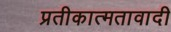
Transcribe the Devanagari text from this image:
प्रतीकात्मतावादी